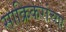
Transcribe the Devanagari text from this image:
साक्रिकरांच्या